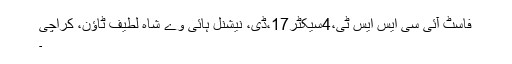
فاسٹ آئی سی ایس ایس ٹی،4سیکٹر17،ڈی، نیشنل ہائی وے شاہ لطیف ٹاؤن، کراچی
۔